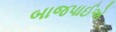
બાજપાઈએ